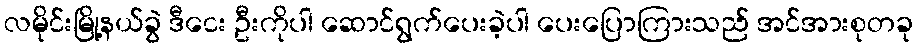
လမိုင်းမြို့နယ်ခွဲ ဒီငေး ဦးကိုပါ ဆောင်ရွက်ပေးခဲ့ပါ ပေးပြောကြားသည် အင်အားစုတခု